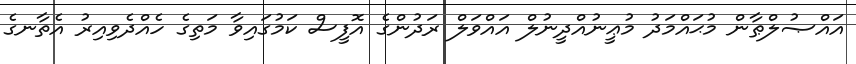
އައްޞުލްޠާން މުޙައްމަދު މުޢީނުއްދީނުލް އައްވަލް ރަދުންގެ އޮފީސް ކަމުގައިވާ މަތިގެ ހެއްދެވިއިރު އެތާނގެ